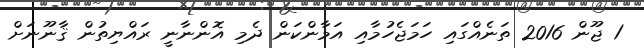
1 ޖޫން 2016 ތަނެއްގައި ހަމަޖެހުމާއި އަމާންކަން ދެމި އޮންނާނީ ރައްޔިތުން ޤާނޫނަށް